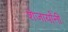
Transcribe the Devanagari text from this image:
शेजार्यांनी